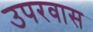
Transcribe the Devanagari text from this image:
उपरवास